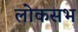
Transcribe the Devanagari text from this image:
लोकसभ